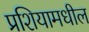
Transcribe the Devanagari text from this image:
प्रशियामधील